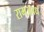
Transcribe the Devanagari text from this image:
रामअवध